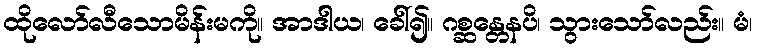
ထိုလော်လီသောမိန်းမကို။ အာဒါယ၊ ခေါ်၍။ ဂစ္ဆန္တေနပိ၊ သွားသော်လည်း။ မံ၊